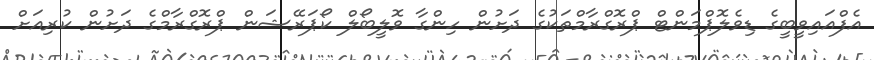
އެފްއައިވީބީގެ ޑިވެލޮޕްމަންޓް ޕްރޮގްރާމްތަކުގެ ދަށުން ހިންގާ ވޮލީބޯލް ކޯޕަރޭޝަން ޕްރޮގްރާމްގެ ދަށުން ކުރިއަށް